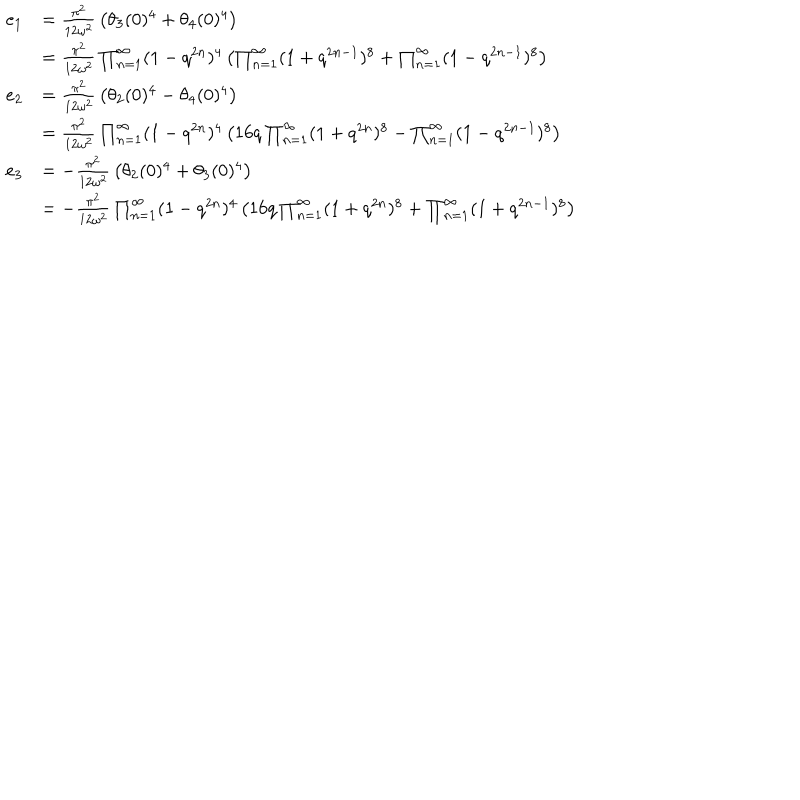
LaTeX: \begin{array} { r l } { { e _ { 1 } } } & { { = { \frac { \pi ^ { 2 } } { 1 2 \omega ^ { 2 } } } \left( \theta _ { 3 } ( 0 ) ^ { 4 } + \theta _ { 4 } ( 0 ) ^ { 4 } \right) } } \\ { { } } & { { = { \frac { \pi ^ { 2 } } { 1 2 \omega ^ { 2 } } } \prod _ { n = 1 } ^ { \infty } ( 1 - q ^ { 2 n } ) ^ { 4 } \left( \prod _ { n = 1 } ^ { \infty } ( 1 + q ^ { 2 n - 1 } ) ^ { 8 } + \prod _ { n = 1 } ^ { \infty } ( 1 - q ^ { 2 n - 1 } ) ^ { 8 } \right) } } \\ { { e _ { 2 } } } & { { = { \frac { \pi ^ { 2 } } { 1 2 \omega ^ { 2 } } } \left( \theta _ { 2 } ( 0 ) ^ { 4 } - \theta _ { 4 } ( 0 ) ^ { 4 } \right) } } \\ { { } } & { { = { \frac { \pi ^ { 2 } } { 1 2 \omega ^ { 2 } } } \prod _ { n = 1 } ^ { \infty } ( 1 - q ^ { 2 n } ) ^ { 4 } \left( 1 6 q \prod _ { n = 1 } ^ { \infty } ( 1 + q ^ { 2 n } ) ^ { 8 } - \prod _ { n = 1 } ^ { \infty } ( 1 - q ^ { 2 n - 1 } ) ^ { 8 } \right) } } \\ { { e _ { 3 } } } & { { = - { \frac { \pi ^ { 2 } } { 1 2 \omega ^ { 2 } } } \left( \theta _ { 2 } ( 0 ) ^ { 4 } + \theta _ { 3 } ( 0 ) ^ { 4 } \right) } } \\ { { } } & { { = - { \frac { \pi ^ { 2 } } { 1 2 \omega ^ { 2 } } } \prod _ { n = 1 } ^ { \infty } ( 1 - q ^ { 2 n } ) ^ { 4 } \left( 1 6 q \prod _ { n = 1 } ^ { \infty } ( 1 + q ^ { 2 n } ) ^ { 8 } + \prod _ { n = 1 } ^ { \infty } ( 1 + q ^ { 2 n - 1 } ) ^ { 8 } \right) } } \\ \end{array}